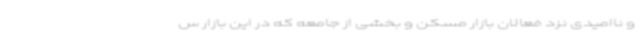
و ناامیدی نزد فعالان بازار مسکن و بخشی از جامعه که در این بازار س